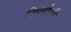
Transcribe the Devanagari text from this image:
सिलोनी